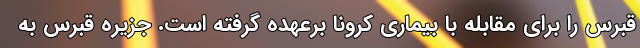
قبرس را برای مقابله با بیماری کرونا برعهده گرفته است. جزیره قبرس به